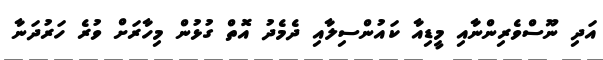
އަދި ނޫސްވެރިންނާއި މީޑިއާ ކައުންސިލާއި ދެމެދު އޮތް ގުޅުން މިހާރަށް ވުރެ ހަރުދަނާ